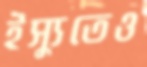
ইস্যুতেও